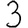
Digit: 3